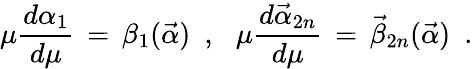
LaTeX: \mu{\frac{d\alpha_{1}}{d\mu}}\, =\, \beta_{1}({\vec{\alpha}})\, \, \, ,\, \, \, \, \mu{\frac{d{\vec{\alpha}}_{2n}}{d\mu}}\, =\, {\vec{\beta}}_{2n}({\vec{\alpha}})\, \, \, .